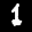
Label: 1